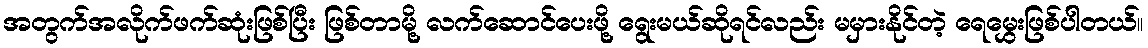
အတွက်အလိုက်ဖက်ဆုံးဖြစ်ပြီး ဖြစ်တာမို့ လက်ဆောင်ပေးဖို့ ရွေးမယ်ဆိုရင်လည်း မမှားနိုင်တဲ့ ရေမွှေးဖြစ်ပါတယ်။